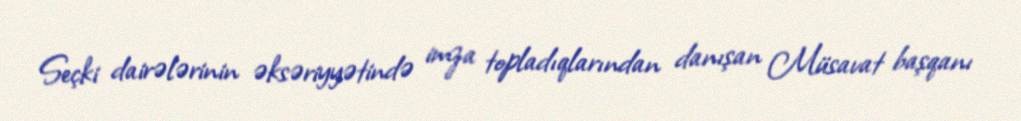
Seçki dairələrinin əksəriyyətində imza topladıqlarından danışan Müsavat başqanı